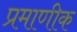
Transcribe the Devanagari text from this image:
प्रमाणीक